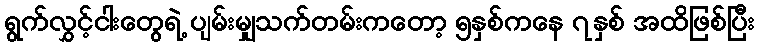
ရွက်လွှင့်ငါးတွေရဲ့ ပျမ်းမျှသက်တမ်းကတော့ ၅နှစ်ကနေ ၇နှစ် အထိဖြစ်ပြီး